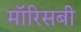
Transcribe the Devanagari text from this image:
मॉरिसबी